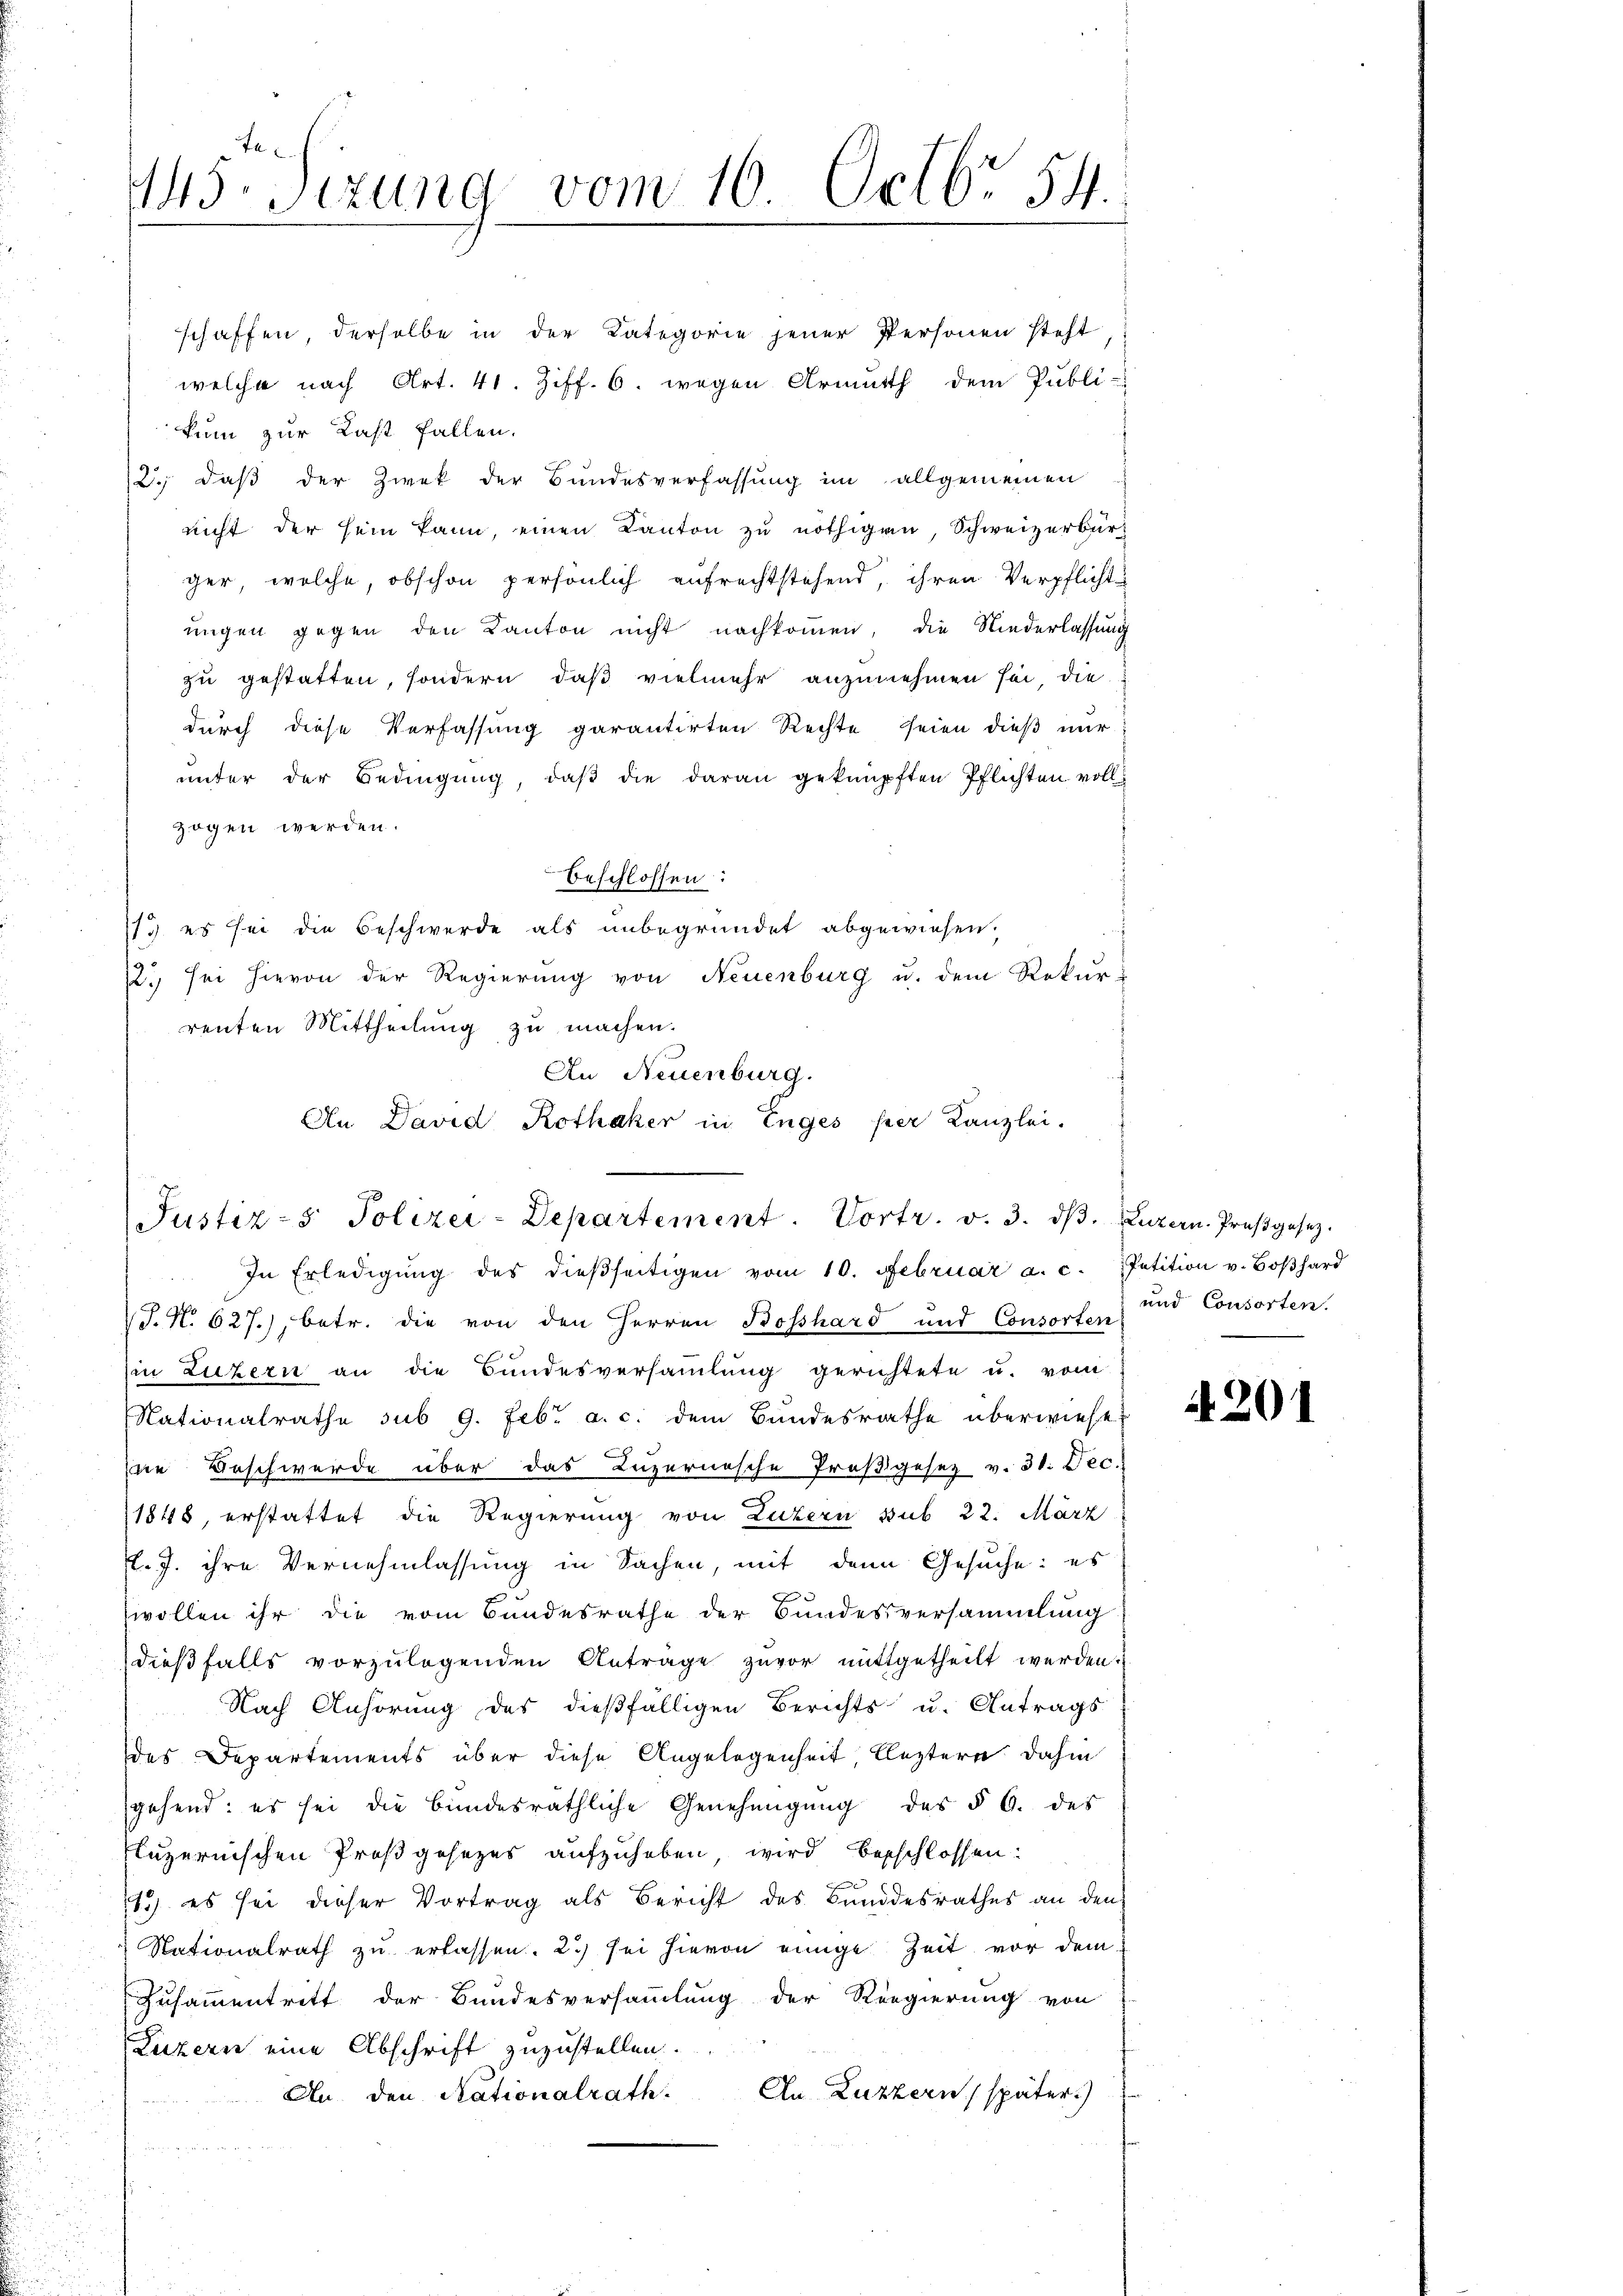
445. Sitzung vom 16. Octbr. 54.

kum zur Last fallen.
(2.) daß der Zwek der Bundesverfassung im allgemeinen
nicht der sein kann, einen Kanton zu nöthigen, Schweizerbürger, welche, obschon persönlich aufrechtstehend, ihren Verpflicht
ungen gegen den Kanton nicht nachkommen, die Niederlassung
zu gestatten, sondern, daß vielmehr anzunehmen sei, die
durch diese Verfassung garantirten Rechte seien dieß nur
unter der Bedingŭng, daβ die daran geknüpften Pflichten voll
zogen werden.
beschlossen:
73) es sei die Beschwerde als unbegründet abgewiesen.
2. sei hievon der Regierung von Neuenburg u. dem Rekur-
renten Mittheilung zu machen.
In Erledigŭng des dieβseitigen vom 10. Februar a. c. Petition v. Boβhard
J.N. 627.), betr. die von den Herren Bosshard und Consorten
in Luzern an die Bŭndesversaṁlŭng gerichtete u. vom
Nationalrathe sub 9. Febr. a. c. dem Bundesrathe überwiese
ne Beschwerde über das Luzernische Troβgesetz v. 31. Dec.
1848, erstattet die Regierung von Luzern sub 22. März
. J. ihre Vernehmlassung in Sachen, mit den Gesuche: es
A
wollen ihr die vom Bundesrathe der Bundesversammlung
dießfalls vorzulegenden Antrage zuvor mitgetheilt werden.
Nach Anhörung des dießfälligen Berichts u. Antrags
des Departements über diese Angelegenheit, leztern dahin
sgehend: es sei die bundesräthliche Genehmigŭng des § 6. des
luzernischen Proßgesetzes aufzuheben, wird besschlossen:
11.) es sei dieser Vortrag als Bericht des Bundesrathes an den
Nationalrath zu erlassen. 2) sei hievon einige Zeit vor dem
Zusammentritt der Bundesversammlung der Regierung von
Luzern eine Abschrift zuzustellen.
An Luzzern, später.)
An den Rationalrath.

schaffen, derselbe in der Kategorie jener Personen steht
welche nach Art. 41. Ziff. 6. wegen Armuth dem Publi-

An Neuenburg.
An David Rotheker in Enges per Kanzlei.
Justiz- & Polizei-Departement. Vortr. v. 3. dβ. Luzern. Proβgesetz.

und Consorten.

A 201